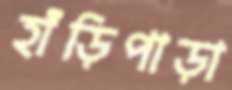
হাঁড়িপাড়া